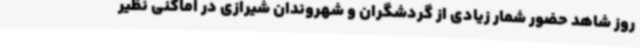
روز شاهد حضور شمار زیادی از گردشگران و شهروندان شیرازی در اماکنی نظیر